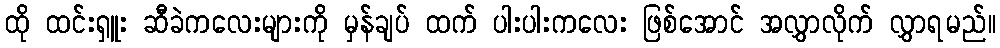
ထို ထင်းရှူး ဆီခဲကလေးများကို မှန်ချပ် ထက် ပါးပါးကလေး ဖြစ်အောင် အလွှာလိုက် လွှာရမည်။